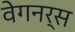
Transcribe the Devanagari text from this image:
वेगनर्स